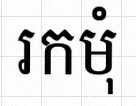
រកមុំ